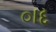
ાદ